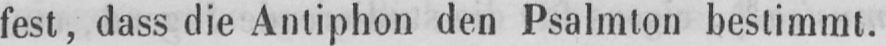
fest, dass die Antiphon den Psalmton bestimmt.